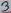
Text: 3